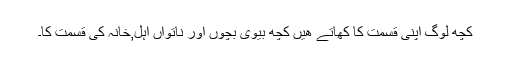
کچھ لوگ اپنی قسمت کا کھاتے ھیں کچھ بیوی بچوں اور ناتواں اہل,خانہ کی قسمت کا۔